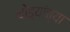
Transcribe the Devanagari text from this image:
थोड्यांच्या